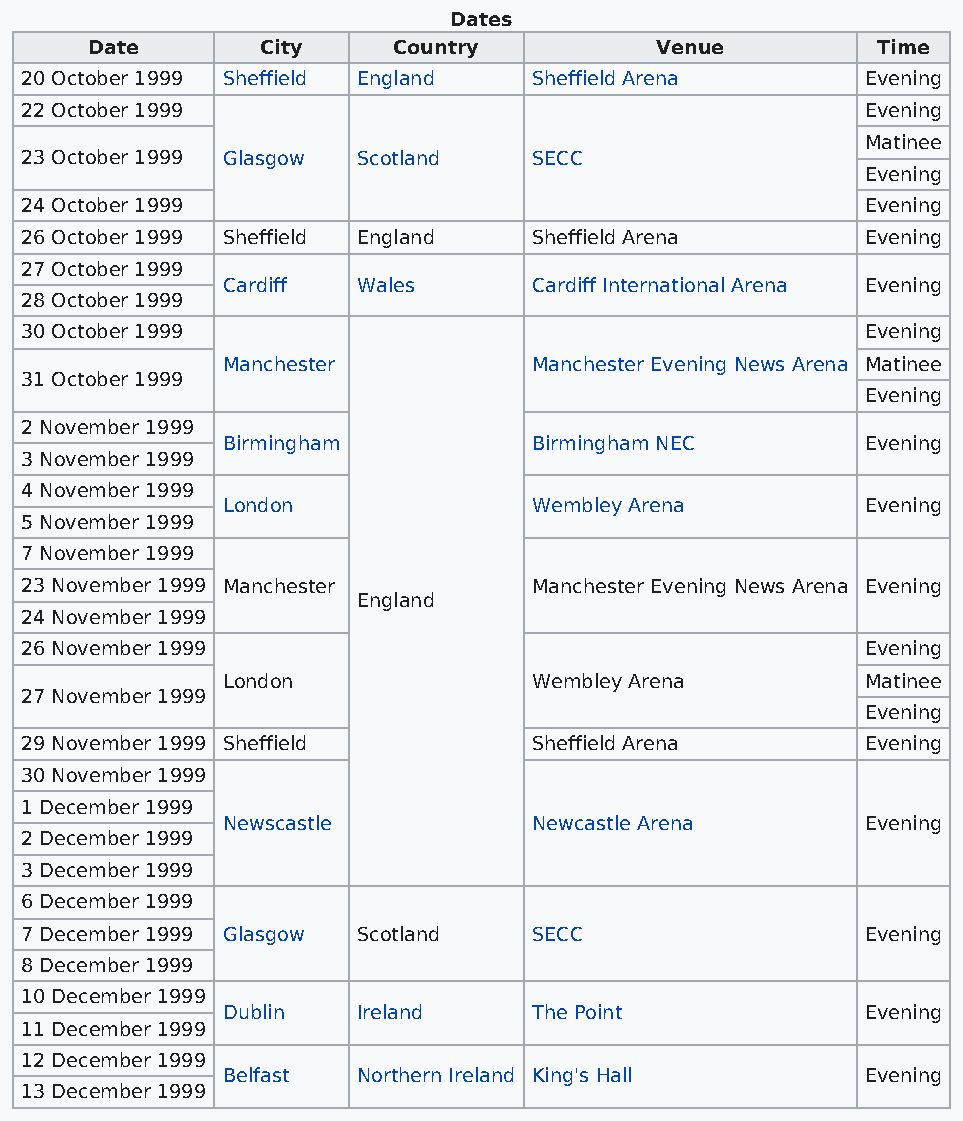
Dates
 Date       City     Country          Venue          Time
 20 October 1999 Sheffield England Sheffield Arena       Evening
 22 October 1999                                         Evening
 Matinee
 23 October 1999 Glasgow Scotland  SECC
 Evening
 24 October 1999                                         Evening
 26 October 1999 Sheffield England Sheffield Arena       Evening
 27 October 1999
 Cardiff  Wales      Cardiff International Arena Evening
 28 October 1999
 30 October 1999                                         Evening
 Manchester          Manchester Evening News Arena Matinee
 31 October 1999
 Evening
 2 November 1999
 Birmingham          Birmingham NEC        Evening
 3 November 1999
 4 November 1999
 London              Wembley Arena         Evening
 5 November 1999
 7 November 1999
 23 November 1999 Manchester       Manchester Evening News Arena Evening
 England
 24 November 1999
 26 November 1999                                        Evening
 London              Wembley Arena         Matinee
 27 November 1999
 Evening
 29 November 1999 Sheffield        Sheffield Arena       Evening
 30 November 1999
 1 December 1999
 Newscastle          Newcastle Arena       Evening
 2 December 1999
 3 December 1999
 6 December 1999
 7 December 1999 Glasgow Scotland  SECC                  Evening
 8 December 1999
 10 December 1999
 Dublin   Ireland    The Point             Evening
 11 December 1999
 12 December 1999
 Belfast  Northern Ireland King's Hall     Evening
 13 December 1999